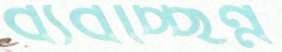
ব্যবচ্ছিন্ন